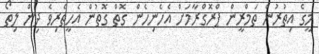
މީގެ އިތުރުން ތަމްރީން ޕްރޮގްރާމަށް އެހެނިހެން ގޮތް ގޮތުން އެހީތެރިވެ ދިން ލިތޯ